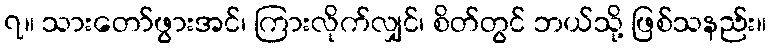
၇။ သားတော်ဖွားအင်၊ ကြားလိုက်လျှင်၊ စိတ်တွင် ဘယ်သို့ ဖြစ်သနည်း။